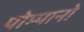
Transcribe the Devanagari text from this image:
पोम्पानो